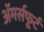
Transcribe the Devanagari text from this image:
अॅमर्सफूर्ट